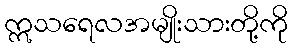
ဣသရေလအမျိုးသားတို့ကို